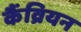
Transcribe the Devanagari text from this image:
कैंव्रियन